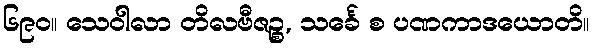
၆၉၀။ သေဝါလာ တိလဗီဇဉ္စ, သင်္ခေ စ ပဏကာဒယောတိ။